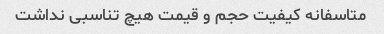
متاسفانه کیفیت حجم و قیمت هیچ تناسبی نداشت